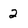
Character: 2